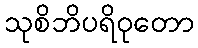
သုစိဘိပရိဝုတော